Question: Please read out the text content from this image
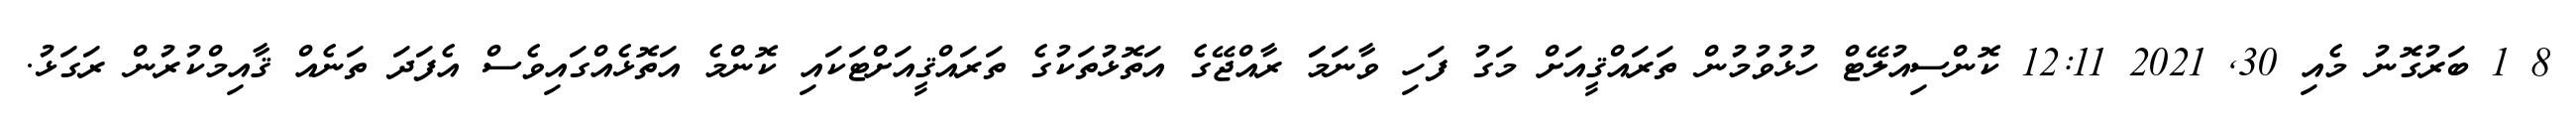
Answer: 8 1 ބަރުގޮނު މެއި 30, 2021 12:11 ކޮންސިއުލޭޓް ހުޅުވުމުން ތަރައްޤީއަށް މަގު ފަހި ވާނަމަަ ރާއްޖޭގެ އަތޮޅުތަކުގެ ތަރައްޤީއަށްޓަކައި ކޮންމެ އަތޮޅެއްގައިވެސް އެފަދަ ތަނެއް ޤާއިމްކުރުން ރަގަޅު.